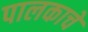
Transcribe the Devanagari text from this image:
पालकाचे